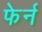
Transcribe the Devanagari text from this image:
फेर्न